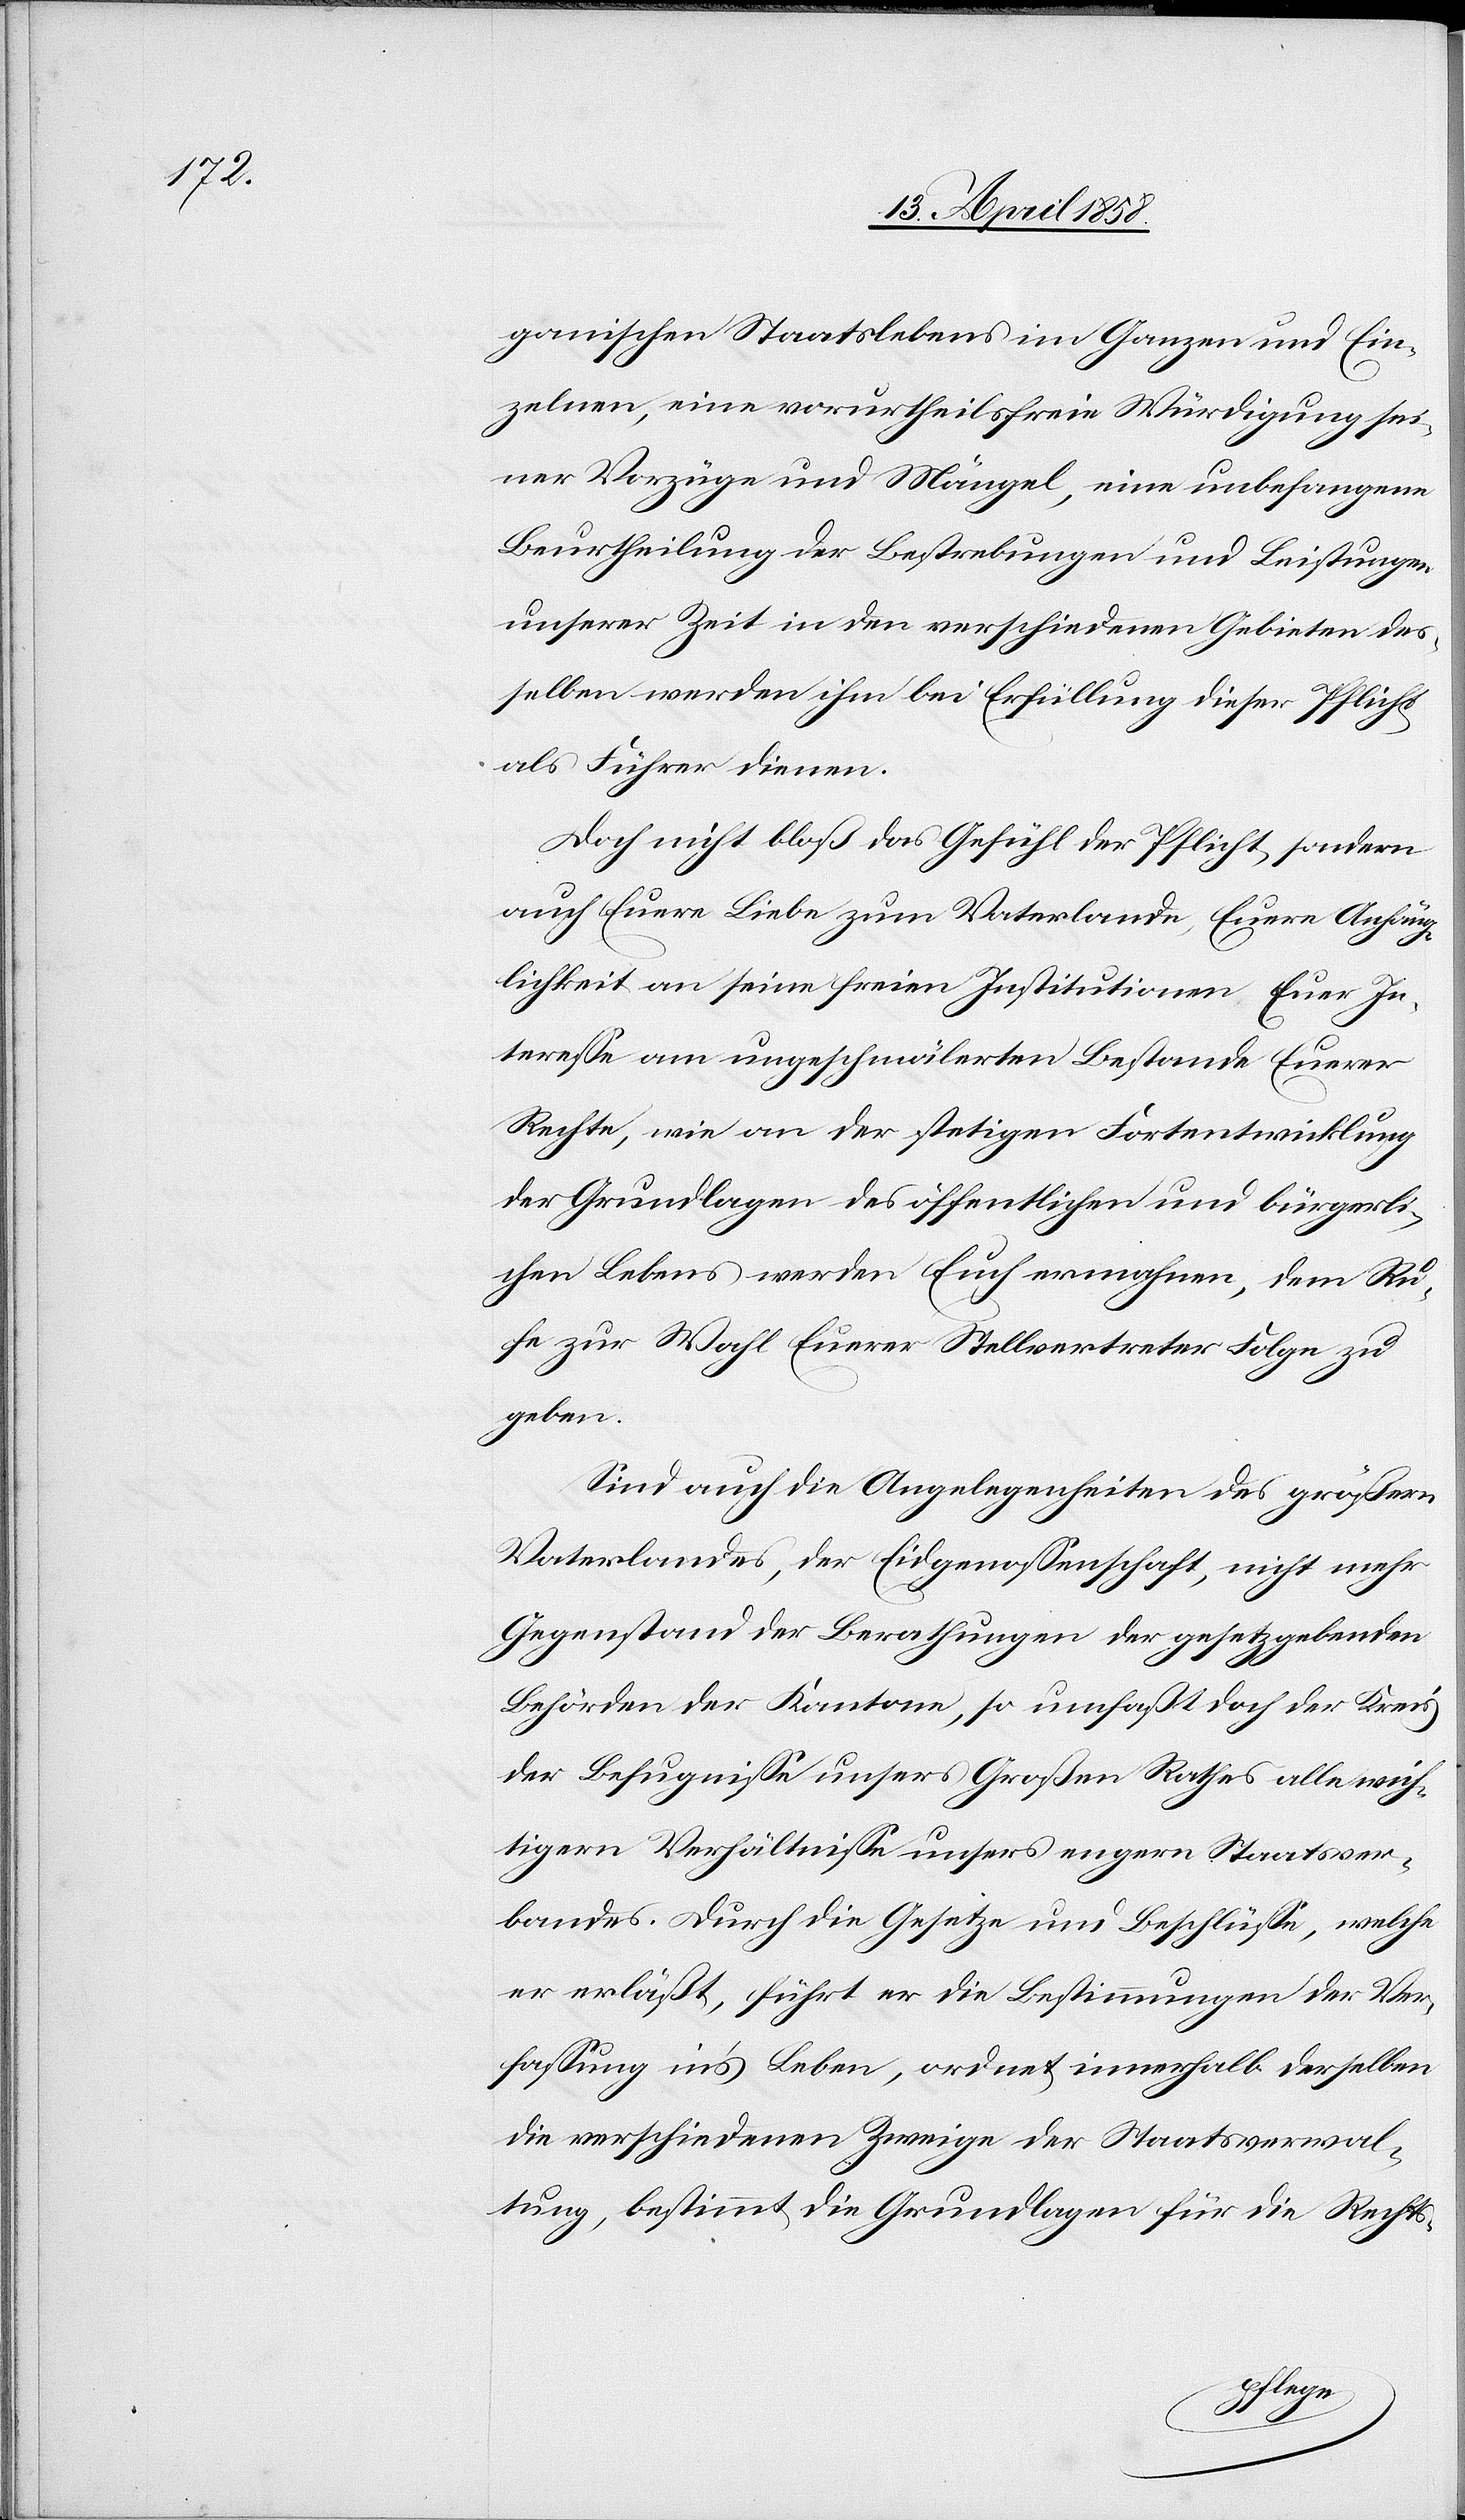
ganischen Staatslebens im Ganzen und Ein¬
zelnen, eine vorurtheilsfreie Würdigung sei¬
ner Vorzüge und Mängel, eine unbefangene
Beurtheilung der Bestrebungen und Leistungen
unserer Zeit in den verschiedenen Gebieten des¬
selben werden ihm bei Erfüllung dieser Pflicht
als Führer dienen.
Doch nicht bloß das Gefühl der Pflicht, sondern
auch Euere Liebe zum Vaterlande, Euere Anhäng¬
lichkeit an seine freien Institutionen Euer In¬
teresse am ungeschmälerten Bestande Euerer
Rechte, wie an der stetigen Fortentwicklung
der Grundlagen des öffentlichen und bürgerli¬
chen Lebens werden Euch ermahnen, dem Ru¬
fe zur Wahl Euerer Stellvertreter Folge zu
geben.
Sind auch die Angelegenheiten des größern
Vaterlandes, der Eidgenossenschaft, nicht mehr
Gegenstand der Berathungen der gesetzgebenden
Behörden der Kantone, so umfaßt doch der Kreis
der Befugnisse unsers Großen Rathes alle wich¬
tigern Verhältnisse unsers engern Staatsver¬
bandes. Durch die Gesetze und Beschlüsse, welche
er erläßt, führt er die Bestimmungen der Ver¬
fassung in’s Leben, ordnet innerhalb derselben
die verschiedenen Zweige der Staatsverwal¬
tung, bestimmt die Grundlagen für die Rechts-